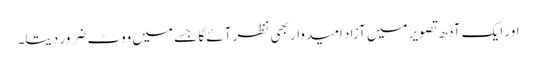
اور ایک آدھ تصویر میں آزاد امیدوار بھی نظر آئے گا جسے میں ووٹ ضرور دیتا۔